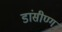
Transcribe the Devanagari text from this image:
डांसीण्ग